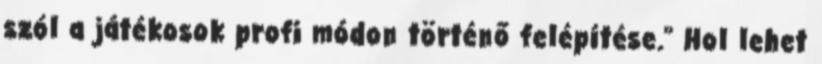
szól a játékosok profi módon történő felépítése.” Hol lehet